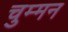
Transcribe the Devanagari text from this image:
चुम्मन